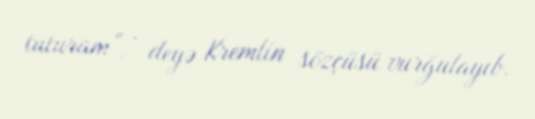
tuturam”, - deyə Kremlin sözçüsü vurğulayıb.